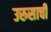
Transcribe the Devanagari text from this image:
उरुसाची